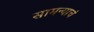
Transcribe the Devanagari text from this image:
सामन्याचं